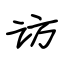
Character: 访